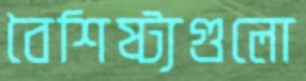
বৈশিষ্ট্যগুলো